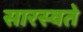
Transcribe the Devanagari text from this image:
सारस्वते